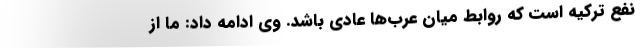
نفع ترکیه است که روابط میان عرب‌ها عادی باشد. وی ادامه داد: ما از